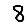
Digit: 8